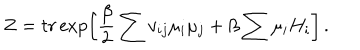
Z = t r \exp \left[ \frac { \beta } { 2 } \sum v _ { i j } \mu _ { i } \mu _ { j } + \beta \sum \mu _ { i } H _ { i } \right] \, .